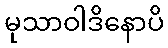
မုသာဝါဒိနောပိ